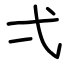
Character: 弌